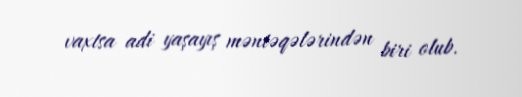
vaxtsa adi yaşayış məntəqələrindən biri olub.